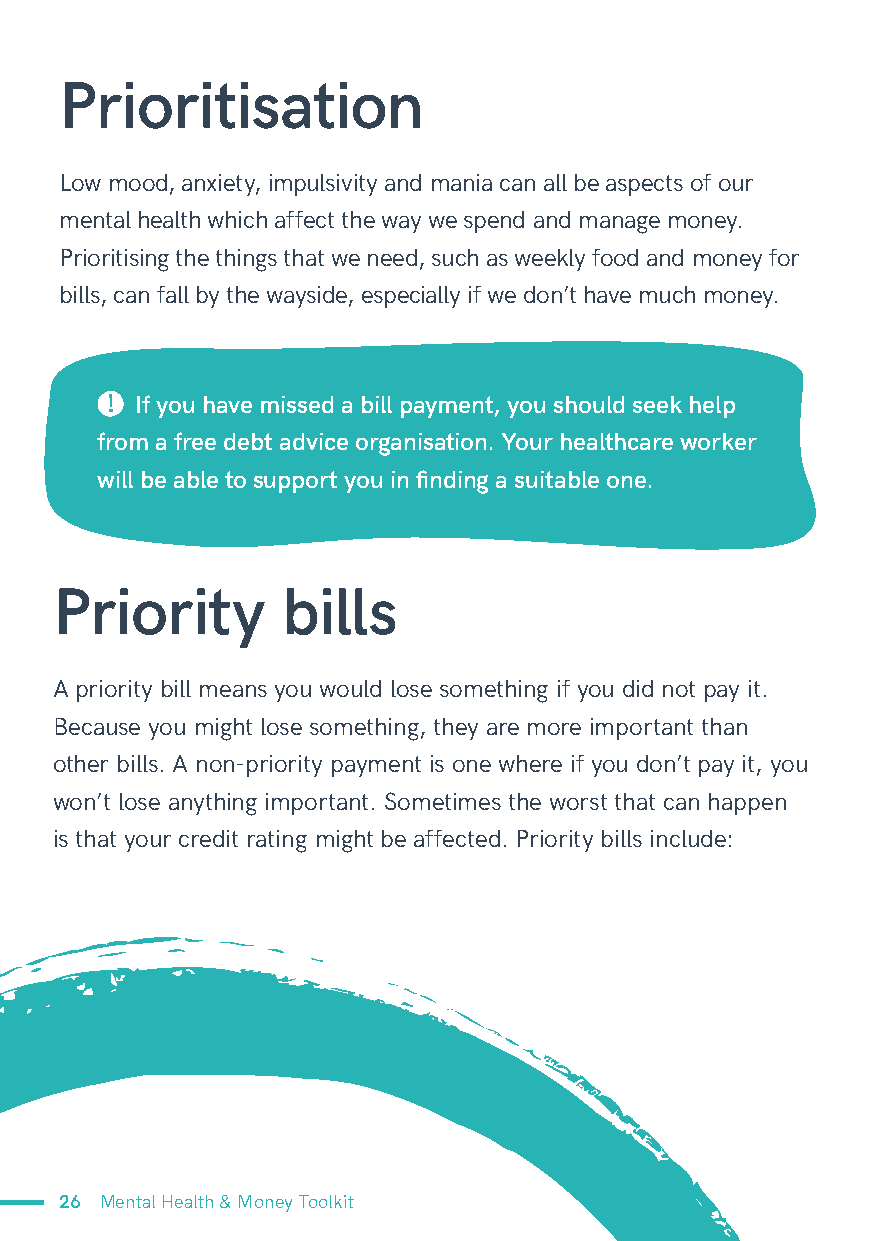
Prioritisation
 Low mood, anxiety, impulsivity and mania can all be aspects of our
 mental health which affect the way we spend and manage money.
 Prioritising the things that we need, such as weekly food and money for
 bills, can fall by the wayside, especially if we don’t have much money.
 ! If you have missed a bill payment, you should seek help
 from a free debt advice organisation. Your healthcare worker
 will be able to support you in finding a suitable one.
 Priority       bills
 A priority bill means you would lose something if you did not pay it.
 Because you might lose something, they are more important than
 other bills. A non-priority payment is one where if you don’t pay it, you
 won’t lose anything important. Sometimes the worst that can happen
 is that your credit rating might be affected. Priority bills include:
 26 Mental Health & Money Toolkit